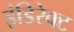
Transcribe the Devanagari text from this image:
इंडिरेक्ट